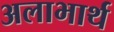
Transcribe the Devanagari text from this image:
अलाभार्थ